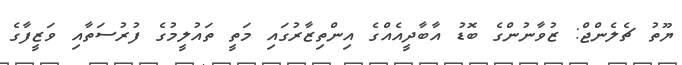
ޔޫތު ޗެލެންޖް: ޒުވާނުންގެ ބޮޑު އާބާދީއެއްގެ އިންތިޒާރުގައި މަތީ ތައުލީމުގެ ފުރުސަތާއި ވަޒީފާގެ